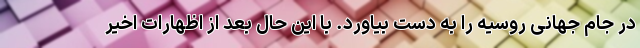
در جام جهانی روسیه را به دست بیاورد. با این حال بعد از اظهارات اخیر